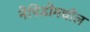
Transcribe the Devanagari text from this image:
नेपिडोमधील